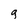
Character: q